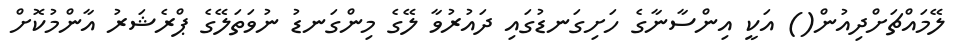
ލޭމައްޗަށްދިއުން() އަކީ އިންސާނާގެ ހަށިގަނޑުގައި ދައުރުވާ ލޭގެ މިންގަނޑު ނުވަތަލޭގެ ޕްރެޝަރު އާންމުކޮށް